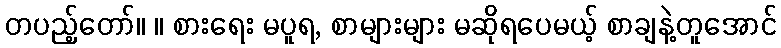
တပည့်တော်။ ။ စားရေး မပူရ, စာများများ မဆိုရပေမယ့် စာချနဲ့တူအောင်